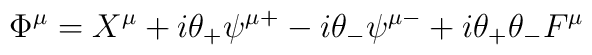
\Phi ^\mu =X^\mu +i\theta _{+}\psi ^{\mu +}-i\theta _{-}\psi ^{\mu-}+i\theta _{+}\theta _{-}F^\mu